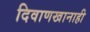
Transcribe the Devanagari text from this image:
दिवाणखानाही